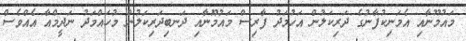
މައުމޫނާއި އެމަނިކުފާނުގެ ދަރިކަލުން އަހުމަދު ފާރިސް މައުމޫނާއި ދަނބިދަރިކަލުން މުހައްމަދު ނަދީމްއާ އެއްވެސް